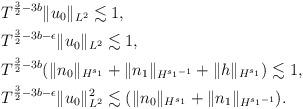
LaTeX: \begin{align*} &T^{\frac32 - 3b} \| u_0\|_{L^2} \lesssim 1, \\ &T^{\frac32 - 3b - \epsilon} \| u_0\|_{L^2} \lesssim 1, \\ &T^{\frac32 - 3b} (\|n_0\|_{H^{s_1}} + \|n_1\|_{{H}^{s_1-1}} + \|h\|_{H^{s_1}}) \lesssim 1, \\ &T^{\frac32 - 3b - \epsilon} \| u_0\|_{L^2}^2 \lesssim (\|n_0\|_{H^{s_1}} + \|n_1\|_{{H}^{s_1-1}}). \end{align*}